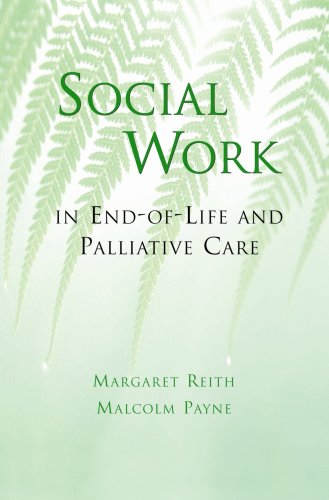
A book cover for Social Work in End-Of-Life and Palliative Care; Margaret Reith; Self-Help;